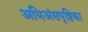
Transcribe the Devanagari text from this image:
अभिअंसपृष्ठिका